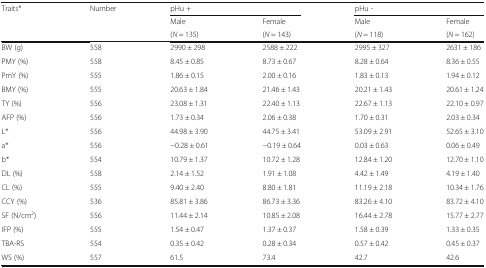
<table><thead><tr><td rowspan="3"><b>Traits*</b></td><td rowspan="3"><b>Number</b></td><td colspan="2"><b>pHu +</b></td><td colspan="2"><b>pHu -</b></td></tr><tr><td><b>Male</b></td><td><b>Female</b></td><td><b>Male</b></td><td><b>Female</b></td></tr><tr><td><b>(<i>N</i> = 135)</b></td><td><b>(<i>N</i> = 143)</b></td><td><b>(<i>N</i> = 118)</b></td><td><b>(<i>N</i> = 162)</b></td></tr></thead><tbody><tr><td>BW (g)</td><td>558</td><td>2990 ± 298</td><td>2588 ± 222</td><td>2995 ± 327</td><td>2631 ± 186</td></tr><tr><td>PMY (%)</td><td>558</td><td>8.45 ± 0.85</td><td>8.73 ± 0.67</td><td>8.28 ± 0.64</td><td>8.36 ± 0.55</td></tr><tr><td>PmY (%)</td><td>555</td><td>1.86 ± 0.15</td><td>2.00 ± 0.16</td><td>1.83 ± 0.13</td><td>1.94 ± 0.12</td></tr><tr><td>BMY (%)</td><td>555</td><td>20.63 ± 1.84</td><td>21.46 ± 1.43</td><td>20.21 ± 1.43</td><td>20.61 ± 1.24</td></tr><tr><td>TY (%)</td><td>556</td><td>23.08 ± 1.31</td><td>22.40 ± 1.13</td><td>22.67 ± 1.13</td><td>22.10 ± 0.97</td></tr><tr><td>AFP (%)</td><td>556</td><td>1.73 ± 0.34</td><td>2.06 ± 0.38</td><td>1.70 ± 0.31</td><td>2.03 ± 0.34</td></tr><tr><td>L*</td><td>556</td><td>44.98 ± 3.90</td><td>44.75 ± 3.41</td><td>53.09 ± 2.91</td><td>52.65 ± 3.10</td></tr><tr><td>a*</td><td>556</td><td>−0.28 ± 0.61</td><td>−0.19 ± 0.64</td><td>0.03 ± 0.63</td><td>0.06 ± 0.49</td></tr><tr><td>b*</td><td>554</td><td>10.79 ± 1.37</td><td>10.72 ± 1.28</td><td>12.84 ± 1.20</td><td>12.70 ± 1.10</td></tr><tr><td>DL (%)</td><td>558</td><td>2.14 ± 1.52</td><td>1.91 ± 1.08</td><td>4.42 ± 1.49</td><td>4.19 ± 1.40</td></tr><tr><td>CL (%)</td><td>555</td><td>9.40 ± 2.40</td><td>8.80 ± 1.81</td><td>11.19 ± 2.18</td><td>10.34 ± 1.76</td></tr><tr><td>CCY (%)</td><td>536</td><td>85.81 ± 3.86</td><td>86.73 ± 3.36</td><td>83.26 ± 4.10</td><td>83.72 ± 4.10</td></tr><tr><td>SF (N/cm<sup>2</sup>)</td><td>556</td><td>11.44 ± 2.14</td><td>10.85 ± 2.08</td><td>16.44 ± 2.78</td><td>15.77 ± 2.77</td></tr><tr><td>IFP (%)</td><td>555</td><td>1.54 ± 0.47</td><td>1.37 ± 0.37</td><td>1.58 ± 0.39</td><td>1.33 ± 0.35</td></tr><tr><td>TBA-RS</td><td>554</td><td>0.35 ± 0.42</td><td>0.28 ± 0.34</td><td>0.57 ± 0.42</td><td>0.45 ± 0.37</td></tr><tr><td>WS (%)</td><td>557</td><td>61.5</td><td>73.4</td><td>42.7</td><td>42.6</td></tr></tbody></table>